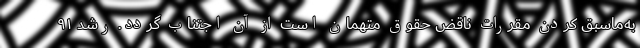
به‌ماسبق کردن مقررات ناقض حقوق متهمان است از آن اجتناب گردد. رشد ۹۱